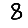
Digit: 8